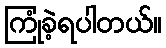
ကြုံခဲ့ရပါတယ်။